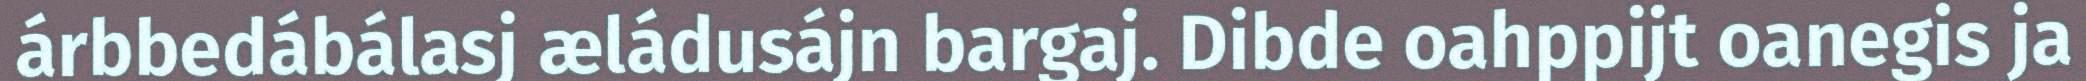
árbbedábálasj æládusájn bargaj. Dibde oahppijt oanegis ja